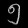
Digit: ၅